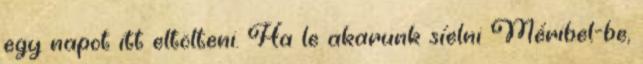
egy napot itt eltölteni. Ha le akarunk síelni Méribel-be,